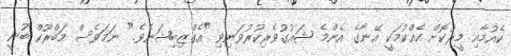
ކެއުމާއި މީރުކޮށް ކެއްކުމަކީ އޭނާގެ އެންމެ ޝައުގުވެރިކުރުވަނިވި "އެގްޒިބިޝަނެވެ." ނަމަވެސް މަބްރޫކް ބުނީ